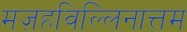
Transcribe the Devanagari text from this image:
मज़हविल्लिनात्तम